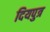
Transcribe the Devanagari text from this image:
दियपुत्र